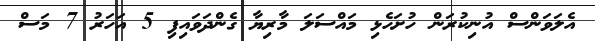
އެލަވަންސް އުނިކުރަން ހުށަހެޅި މައްސަލަ މާރިޔާ ގެންދަވައިފި 5 އަހަރު 7 މަސް